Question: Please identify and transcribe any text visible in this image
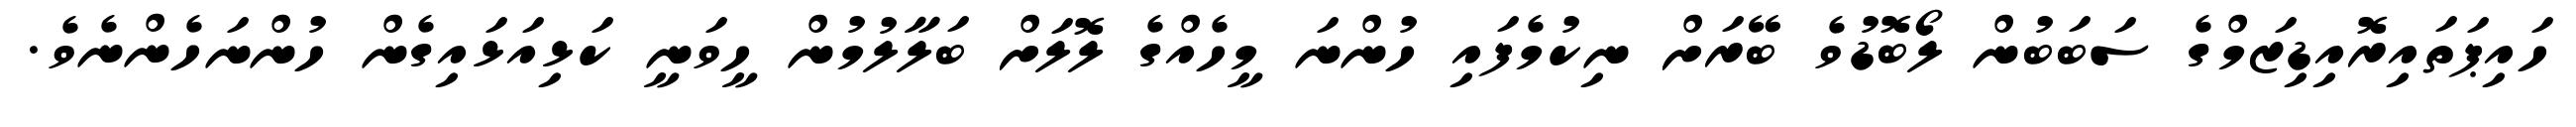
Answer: ހައިޕަތައިރޮއިޑިޒަމްގެ ސަބަބުން ލޯބޮޑުވެ ބޭރަށް ނިކުމެފައި ހުންނަ މީހެއްގެ ލޮލަށް ބަލާލުމުން ހީވަނީ ކަޅިއަޅައިގެން ހުންނަހެންނެވެ.